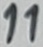
Text: 11